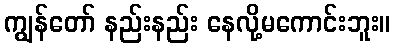
ကျွန်တော် နည်းနည်း နေလို့မကောင်းဘူး။